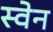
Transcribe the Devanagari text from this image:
स्‍वेन